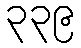
၃၃၉